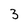
Character: 3